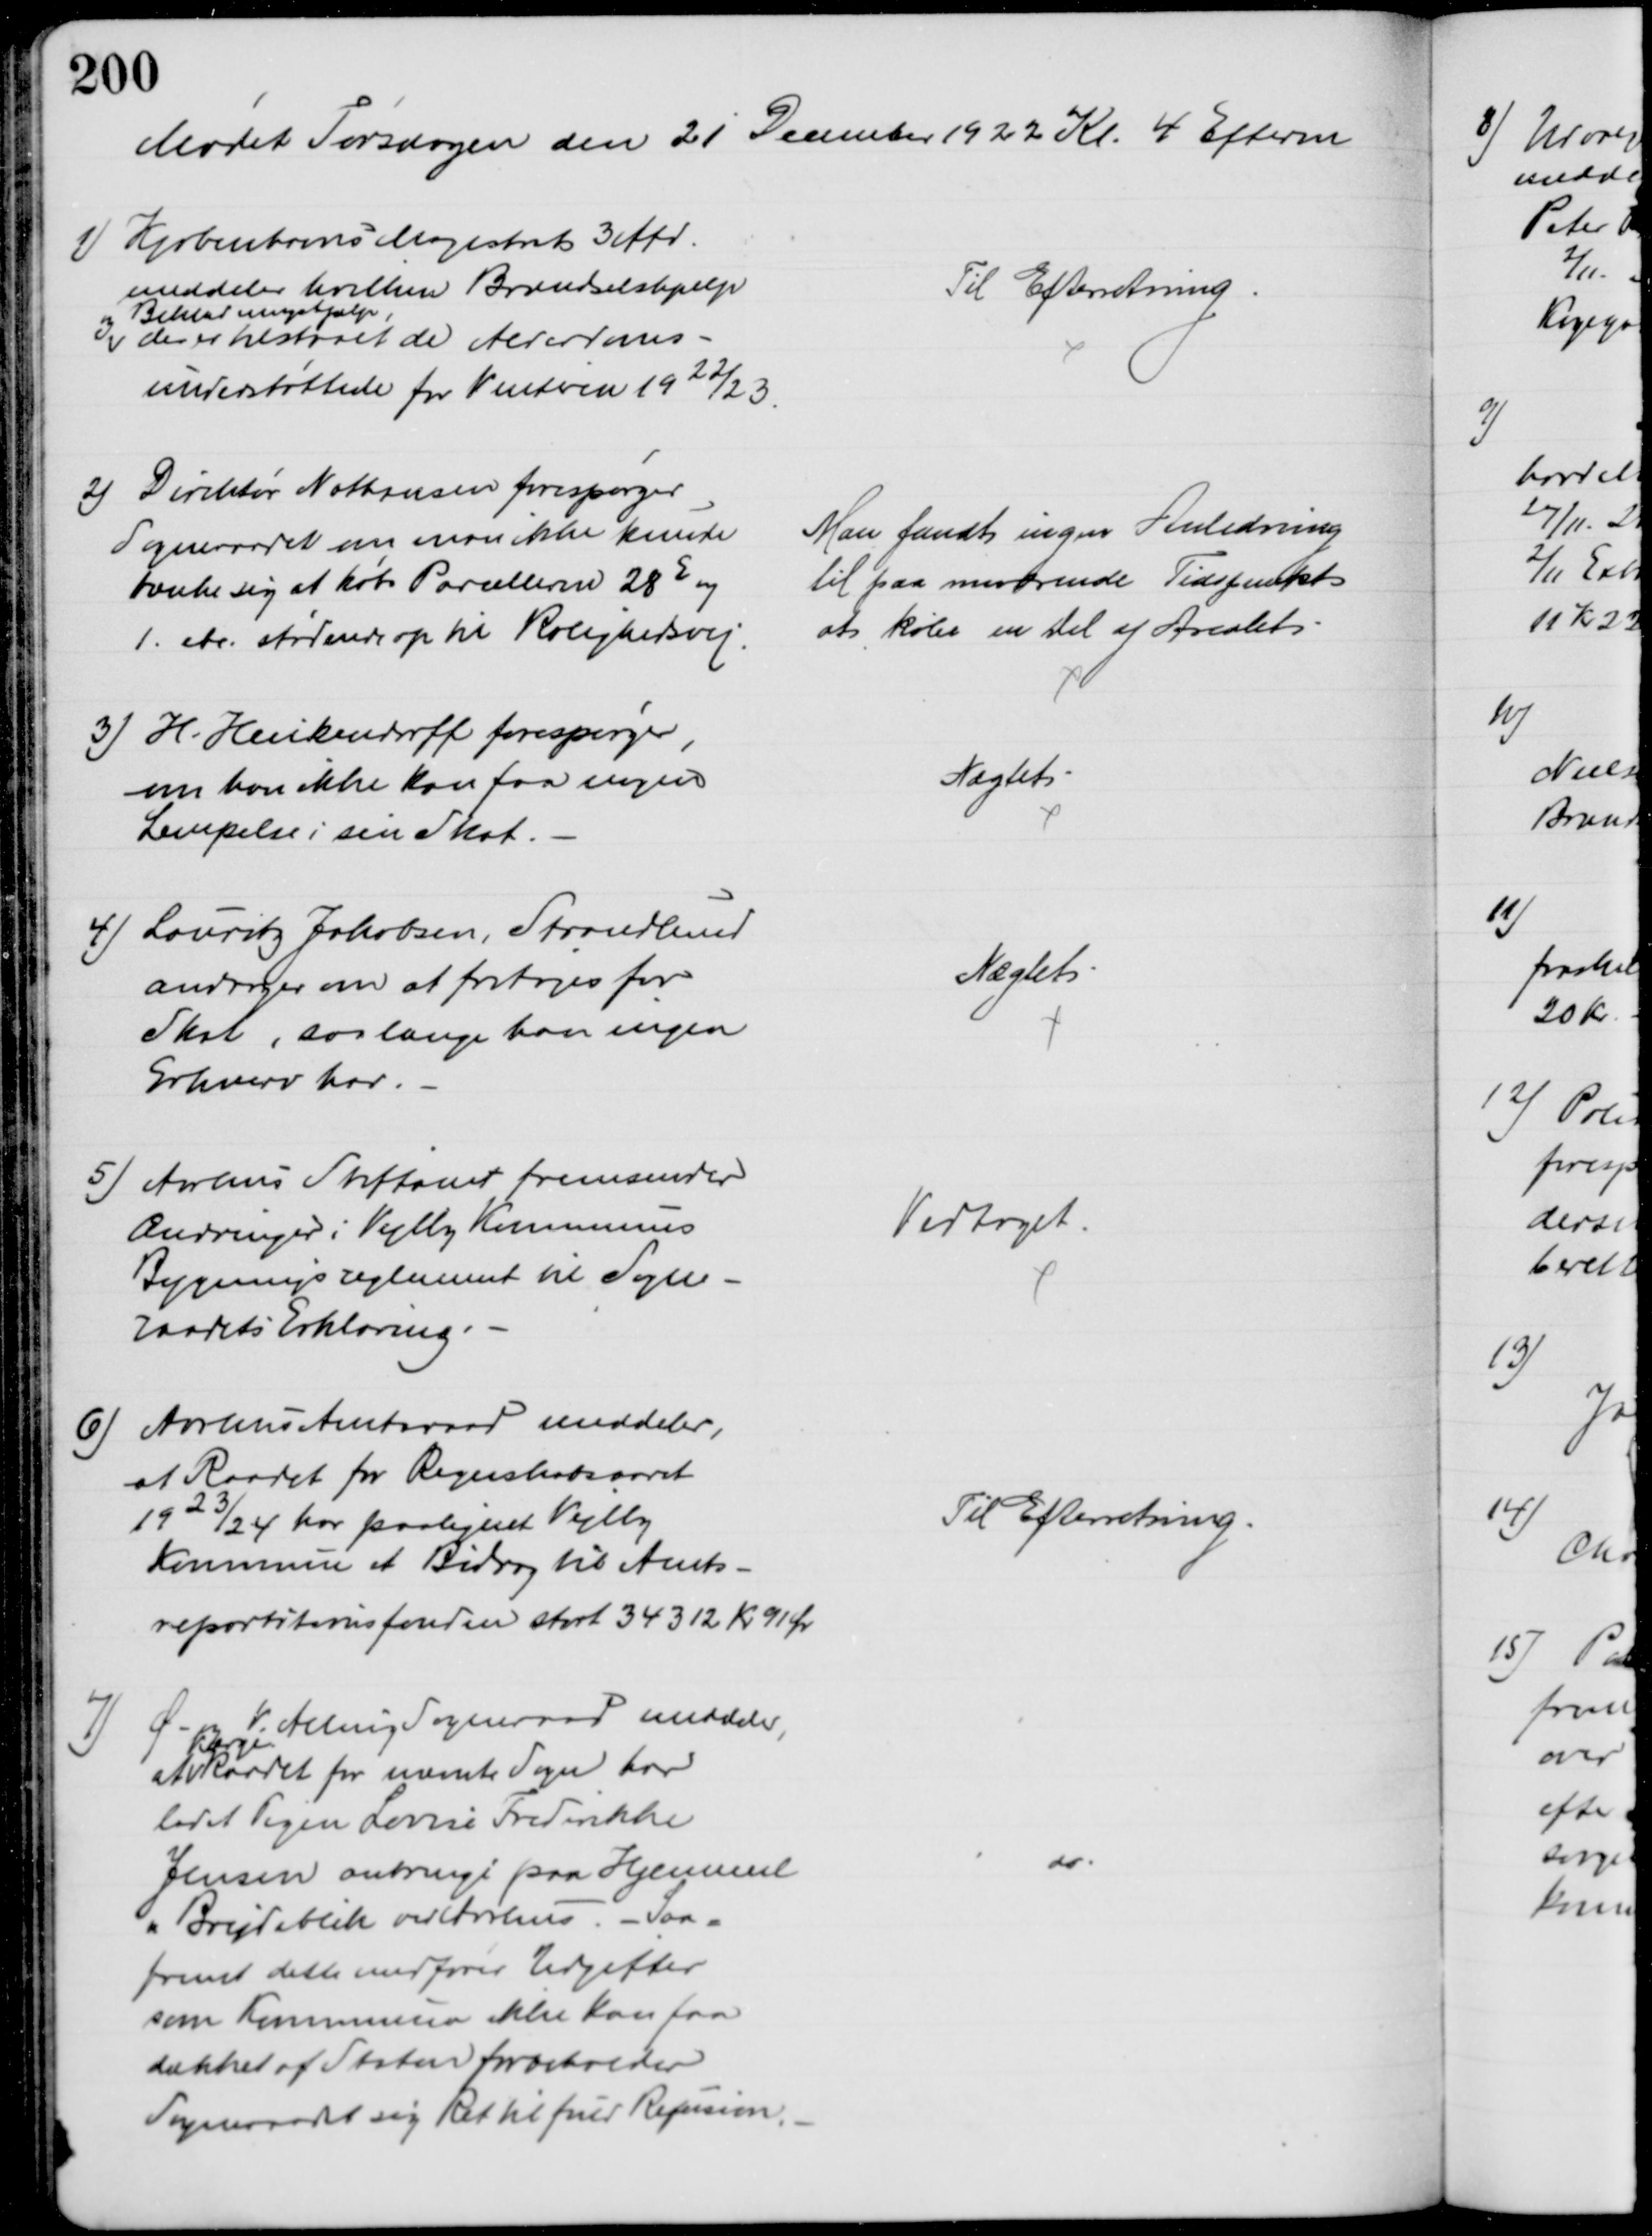
Transskription:
Mødet Torsdagen den 21 December 1922 Kl. 4 Efterm
1) Kjøbenhavns Magistrat 3 Afd.
meddeler hvilken Brændselshjælp
og Beklædningshjælp,
der er tilstaaet de Alderdoms-
understøttede for Vinteren 1922/23
Til Efterretning
2) Direktør Nathansen forespørger
Sogneraadet om man ikke kunde
tænke sig at købe Parcellerne 28 og
1. etc. stødende op til Rolighedsvej.
Man fandt ingen Anledning
til paa nuværende Tidspunkt
at købe en Del af Arealet.
3) H. Heickendorff forespørger
om kan ikke kan faa nogen 
Lempelse i sin Skat.
Nægtet
4) Lauritz Jakobsen, Strandlund
andrager om at fritages for
Skat, saa længe han ingen
Erhverv har.
Nægtet
5) Aarhus Stiftamt fremsender
Ændringer i Vejlby Kommunes
Bygningsreglement til Sogne-
raadets Erklæring.
Vedtaget.
6) Aarhus Amtsraad meddeler,
at Raadet for Regnskabsaaret
1923/24 har paalignet Vejlby
Kommune et Bidrag til Amts-
repartitionsfonden stort 34312 Kr. 91 Ør
Til Efterretning
7) Ø - og V. Alling Sogneraad meddeler,
at
Værge-
raadet for nævnte Sogn har
ladet Pigen Lovise Frederikke
Jensen anbringe paa Hjemmet
"Brejdablik ved Aarhus. - Saa=
fremt dette medfører Udgifter
som Kommunen ikke kan faa
dækket af Staten forbeholder
Sogneraadet sig Ret til fuld Refusion.
do